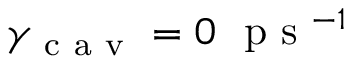
\gamma _ { \mathrm { ~ c ~ a ~ v ~ } } = 0 ~ \mathrm { ~ p ~ s ~ } ^ { - 1 }